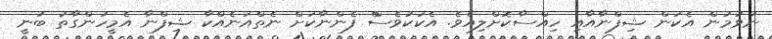
ނުވުމުން އެކަން ޝިފްނާއާއި ހިއްސާކޮށްލިއެވެ. އެކަކުވެސްް ފެންނާކަށް ނެތްއަނެއްކާ ޝިފްނާ އެމީހުންގާތު ބުނީ